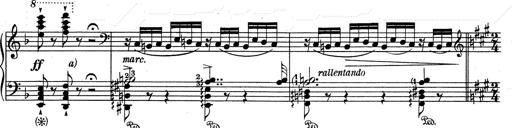
Title: RÃ©miniscences de Don Juan
Composer: Franz Liszt